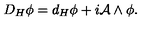
D _ { H } \phi = d _ { H } \phi + i { \mathcal A } \wedge \phi .